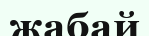
жабай